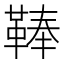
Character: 䩬